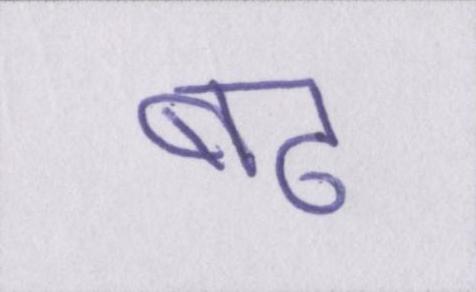
बढ